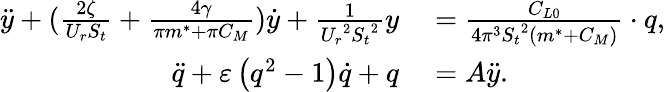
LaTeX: \begin{array}{rl}{\ddot{y}+(\frac{{2\zeta}}{{{U_{r}}{S_{t}}}}+\frac{{4\gamma}}{{\pi{m^{*}}+\pi{C_{M}}}})\dot{y}+\frac{1}{{{U_{r}}^{2}{S_{t}}^{2}}}y}&{{}=\frac{{{C_{L0}}}}{{4{\pi^{3}}{S_{t}}^{2}({m^{*}}+{C_{M}})}}\cdot q,}\\ {\ddot{q}+\varepsilon\left({{q^{2}}-1}\right)\dot{q}+q}&{{}={A}\ddot{y}.}\end{array}